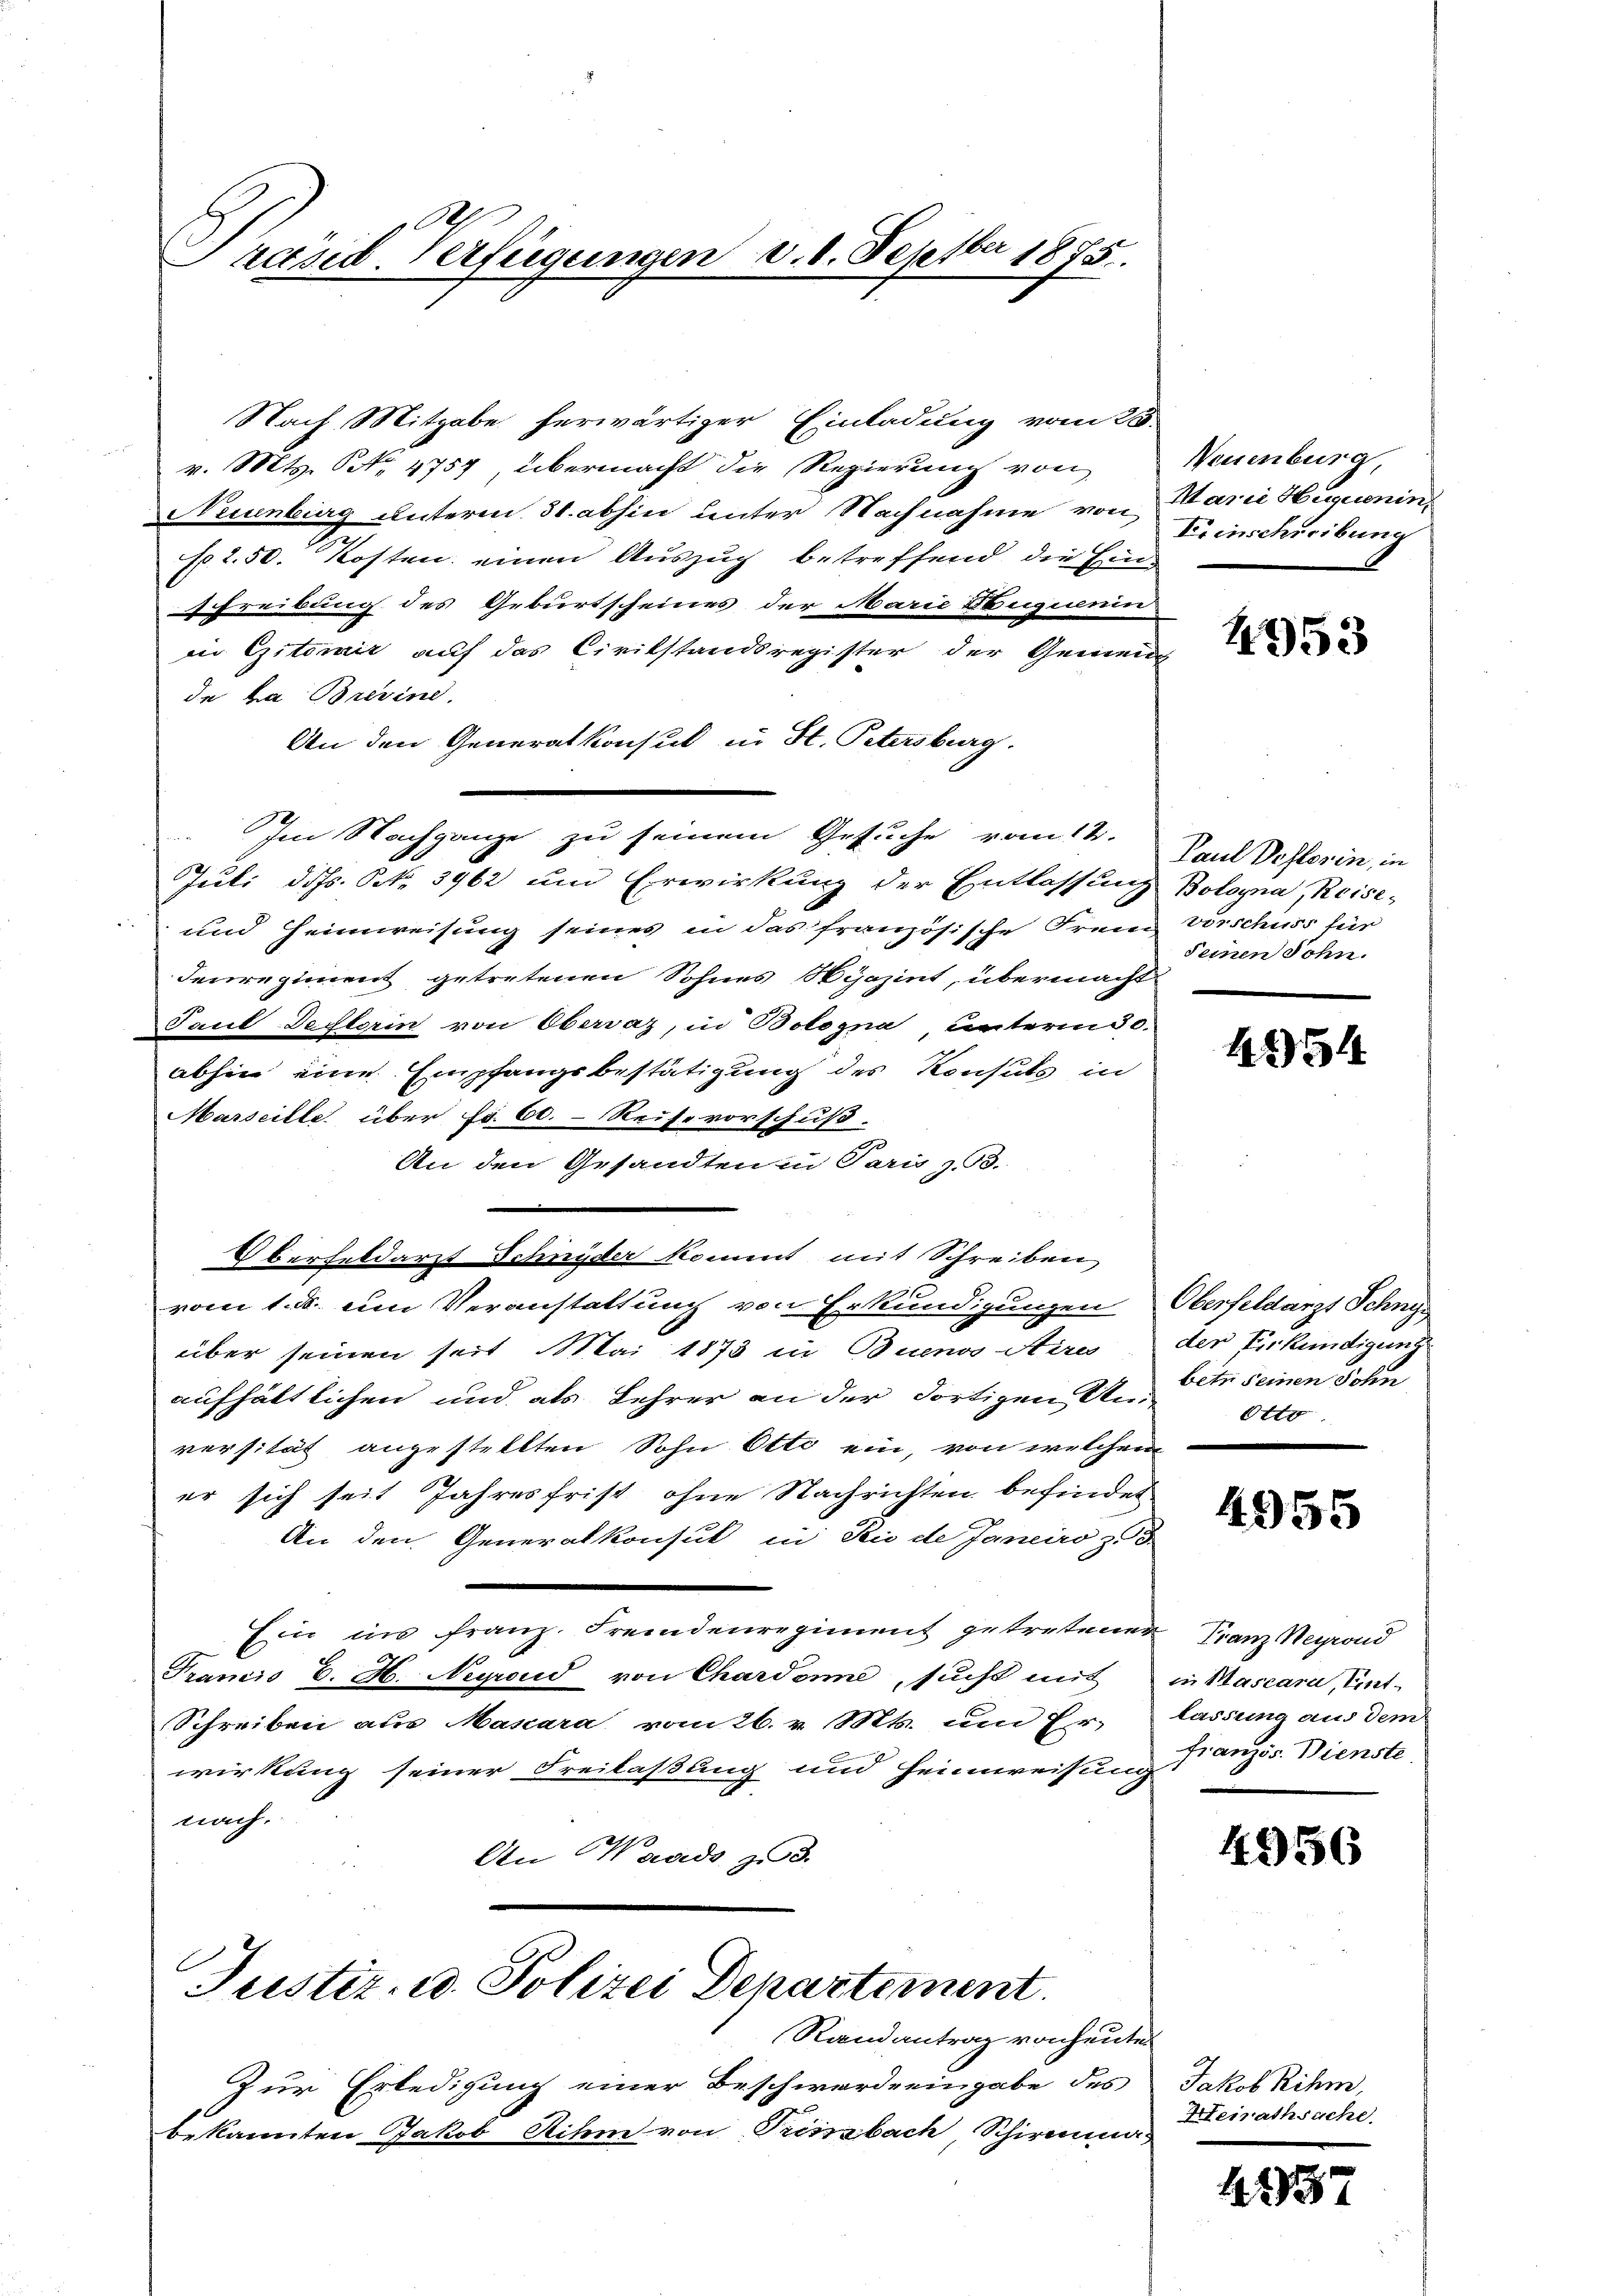
Präsid. Verfügungen

Nach Mitgabe herwärtiger Einladung vom 23.
v. Mts. Art. 4757, übermacht die Regierung von
Neuenburg unterm 31. abhin unter Nachnahme von
No. 2.50. Kosten einen Auszug betreffend die Einschreibung des Geburtscheines der Marie Duquenin
in Eiterait auf das Civilstandsregister der Gemeind
de ha Brevind.
An den Generalkonsul in St. Petersburg.
 Im Nachgange zu seinem Gesuche vom 12.
Juli diss. Oct. 3962 und Erwirkung der Entlassung
und Heimweisung seines in das französische Freie Vorschuss für
Fenregiment getretenen Sohnes Spazint, übermacht
Paul Destorin von Obervaz, in Bologna unterm 30.
abhin eine Empfangsbestätigung des Konsuls in
Marseille über fr. 60. - Reise vorschuß.
An den Gesandten in Paris z. B.
d
Oberfeldarzt Schnyder kommt mit Schreiben
vom 1. d. um Veranstattung von Erkundigungen
über seinen seit Mai 1873 in Buenos Aires, der Verkündigung
aufhältlichen und als Lehrer an der dortigen Amt seinen Sohn
versität angestellten Sohn Otto ein, von welchen
er sich seit Jahresfrist ohne Nachrichten befindet
An den Generalkonsul in Sei de Janeiro z
Ein ins franz. Fremdenregiment getretener Franz Nerrond
Tramis E. H. Negroud von Chardone, sucht mit in Mascara, Ent-
Schreiben aus Mascara vom 26. v. Mts. um Er-
wirkung seiner Freilaßung und Heimweisung französ. Dienste
nach.
An Wands z

v. 8. Dezember 1875.

Justiz- u. Polizei Departement.
Randantrag von heutet

Zur Erledigung einer Beschwerde eingabe des
bekannten Jakob Rihm von Triszbach, Schirmmas

Neuenburg,
Marie Huguenin
Frinschreibung

4953

Paul Dohlerin, in
Bologna, Reise,
Seinen Sohn.

4354

Oberfeldarzt Schny
Otto.

4955

lassung aus dem

4956

Jakob Rihm,
Heirathsache

1337